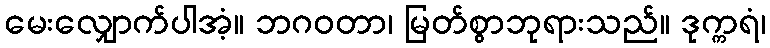
မေးလျှောက်ပါအံ့။ ဘဂဝတာ၊ မြတ်စွာဘုရားသည်။ ဒုက္ကရံ၊